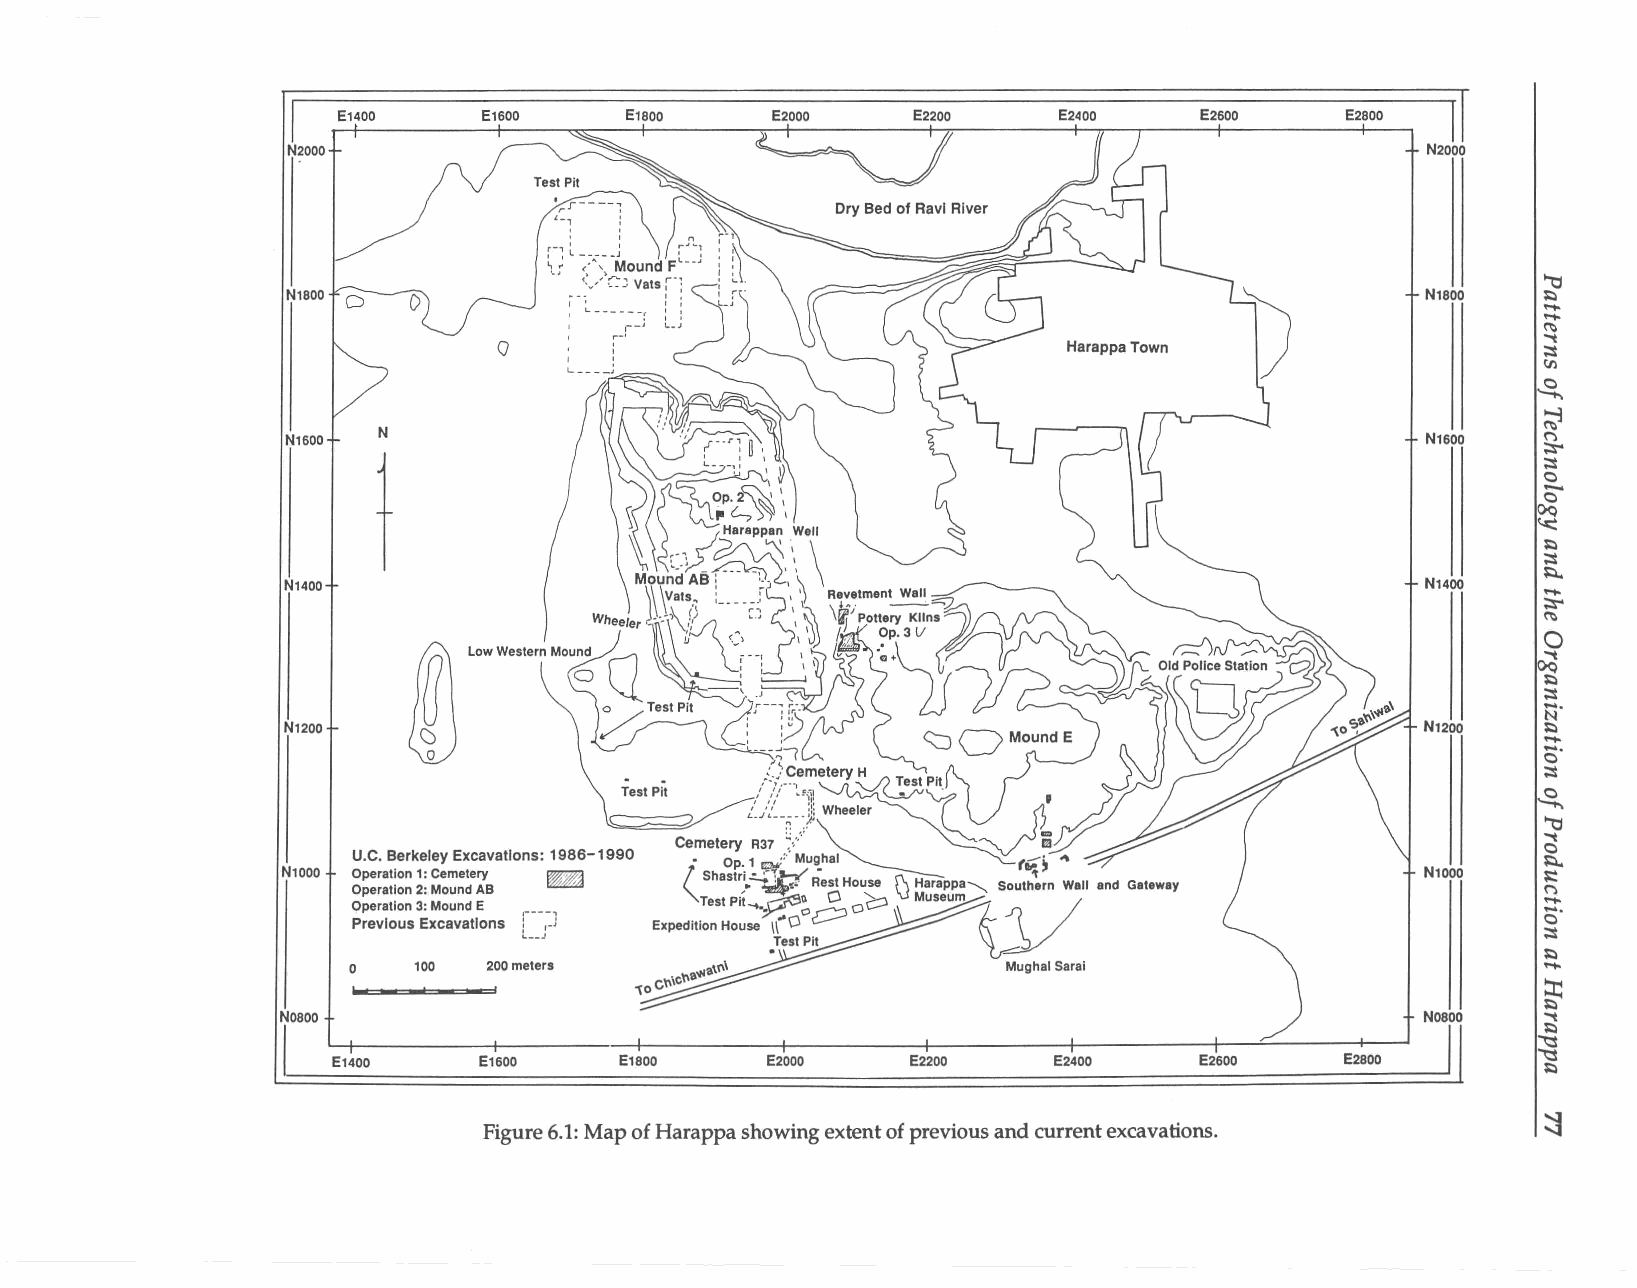
E1400     E1600    E1S00     E2000    E2200     E2400    E2600     E2S00
 ~
 N2000                                                                      N2000
 TestPit
 ~ '-r ,----;      DryBedofRavlRiver
 "tl
 N1S00   ()                                                                 N1S00   . .~. ... .. ..
 ~
 o                                                                    ""t
 ;.3
 lJl
 :~
 ~
 N1600 N                                                                    N1600   n ;::ro
 -;.3
 o
 t
 o
 ~
 ~
 ;.3
 ~
 N1400                                                                      N1400   .....
 ;::ro
 ~
 o
 ~
 ~
 ;.3
 N·
 N1200                                                                      N1200   .~....
 o·
 ;.3
 TestPit                                                      ~
 "tl
 o""t
 u.c.BerkeleyExcavations: 1986-1990
 ~
 Nl000 Operation1:Cemetery @@;il                                            N1000   ;-:.
 Operation2:MoundAB                                                             .n....
 Operation3:MoundE
 PreviousExcavations r--~J                                                      o
 I..__J                                                             ;.3
 .~....
 o   100  200meters
 ~
 Nosoo                                                                      Nosoo   ""t
 ~
 I  I I        I        I         I        I         I        I  --     I  I        " "' ': :: :$ $
 E1400     E1600    E1S00     E2000    E2200     E2400    E2600     E2S00
 ~
 ~
 Figure6.1:MapofHarappashowingextentofpreviousandcurrentexcavations.